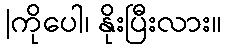
|ကိုပေါ၊ နိုးပြီးလား။